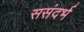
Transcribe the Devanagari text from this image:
ससंदर्भ